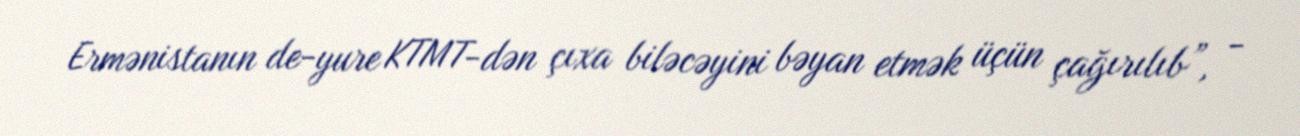
Ermənistanın de-yure KTMT-dən çıxa biləcəyini bəyan etmək üçün çağırılıb”, -